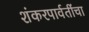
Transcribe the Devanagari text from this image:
शंकरपार्वतींचा